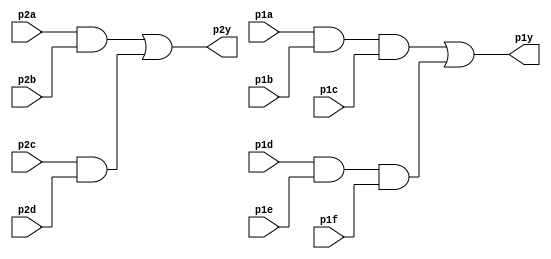
module top_module ( 
    input p1a, p1b, p1c, p1d, p1e, p1f,
    output p1y,
    input p2a, p2b, p2c, p2d,
    output p2y
);

wire w0 = p2a & p2b;
wire w1 = p2c & p2d;
assign p2y = w0 | w1;

wire w2 = p1a & p1b & p1c;
wire w3 = p1d & p1e & p1f;
assign p1y = w2 | w3;

endmodule